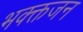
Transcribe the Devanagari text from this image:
भक्क्तजन